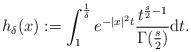
LaTeX: \begin{align*} h_{\delta}(x):=\int_1^{\frac{1}{\delta}} e^{-|x|^2t}\frac{t^{\frac{s}{2}-1}}{\Gamma(\frac{s}{2})}\mathrm{d}t.\end{align*}